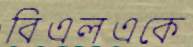
বিএলএকে